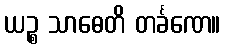
ယဉ္စ သာဓေတိ တင်္ခဏေ။